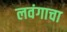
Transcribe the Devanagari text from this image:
लवंगाचा